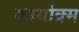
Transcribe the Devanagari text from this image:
कार्याक्र्म